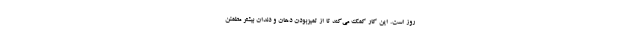
روز است. این کار کمک می‌کند تا از تمیزبودن دهان‌ و دندان بیشتر مطمئن